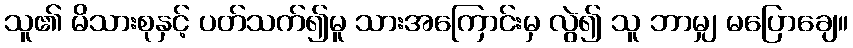
သူ၏ မိသားစုနှင့် ပတ်သက်၍မူ သားအကြောင်းမှ လွဲ၍ သူ ဘာမျှ မပြောချေ။